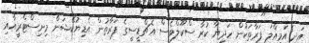
އަދި އަމިއްލަ ފަރާތަކުން ހަދިޔާ ކުރާ ސްކޫލްވެސް އެޗްޑީސީގެ ފަރާތުން އެޑިޔުކޭޝަން މިނިސްޓްރީއާއި